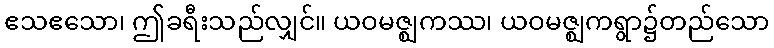
ဧသဧသော၊ ဤခရီးသည်လျှင်။ ယဝမဇ္ဈကဿ၊ ယဝမဇ္ဈကရွာ၌တည်သော